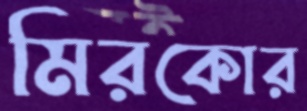
মিরকোর